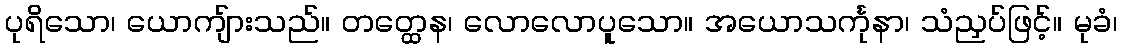
ပုရိသော၊ ယောကျ်ားသည်။ တတ္ထေန၊ လောလောပူသော။ အယောသင်္ကုနာ၊ သံညှပ်ဖြင့်။ မုခံ၊